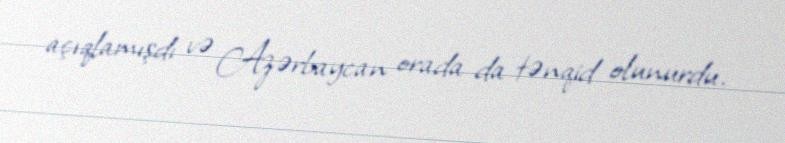
açıqlamışdı və Azərbaycan orada da tənqid olunurdu.